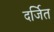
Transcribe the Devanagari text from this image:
दर्जित